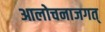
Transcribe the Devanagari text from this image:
आलोचनाजगत्